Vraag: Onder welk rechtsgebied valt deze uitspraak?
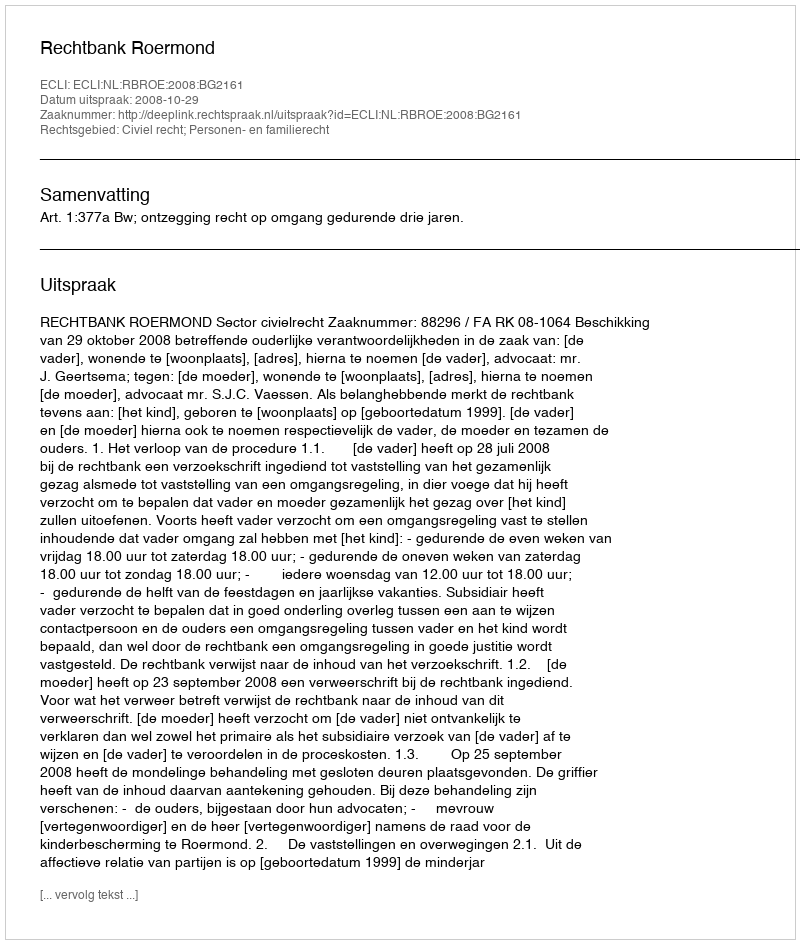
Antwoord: Civiel recht; Personen- en familierecht